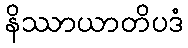
နိဿာယာတိပဒံ